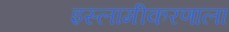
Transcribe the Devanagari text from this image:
इस्लामीकरणाला